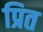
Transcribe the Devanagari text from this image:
प्रित